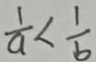
\frac { 1 } { a } < \frac { 1 } { b }